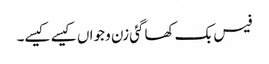
فیس بک کھاگئی زن و جواں کیسے کیسے۔